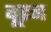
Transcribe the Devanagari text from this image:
बूइन